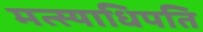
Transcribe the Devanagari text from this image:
मत्स्याधिपति